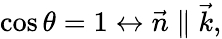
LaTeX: \cos\theta=1\leftrightarrow\vec{n}\parallel\vec{k},